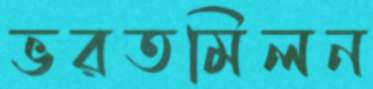
ভরতমিলন